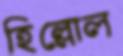
হিল্লোল